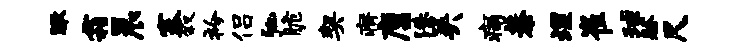
瞰霜晨塞叙衿侣弛脆契瘠廪洙吴痛恭埋崔球祭尺